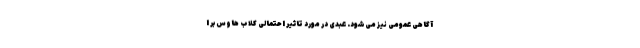
آگاهی عمومی نیز می‌شود. عبدی در مورد تاثیر احتمالی کلاب هاوس بر ا